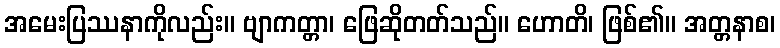
အမေးပြဿနာကိုလည်း။ ဗျာကတ္တာ၊ ဖြေဆိုတတ်သည်။ ဟောတိ၊ ဖြစ်၏။ အတ္တနာစ၊